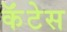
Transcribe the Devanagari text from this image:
कॅंटेस